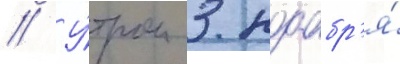
// У́тром 3 ноабр'я́